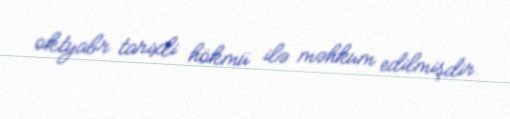
oktyabr tarixli hökmü ilə məhkum edilmişdir.